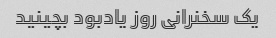
یک سخنرانی روز یادبود بچینید